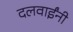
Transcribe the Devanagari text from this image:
दलवाईंनी